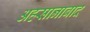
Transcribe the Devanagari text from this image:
अहसानाबाद